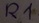
Text: R1